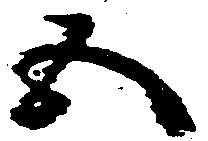
五